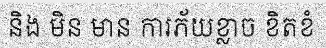
និង មិន មាន ការភ័យខ្លាច ខិតខំ